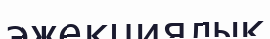
эжекциялық